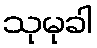
သုမုခါ